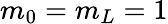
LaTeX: m_{0}=m_{L}=1